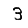
Digit: 3